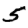
Digit: 5